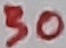
Text: 30